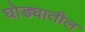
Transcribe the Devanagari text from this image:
घोड्यातील